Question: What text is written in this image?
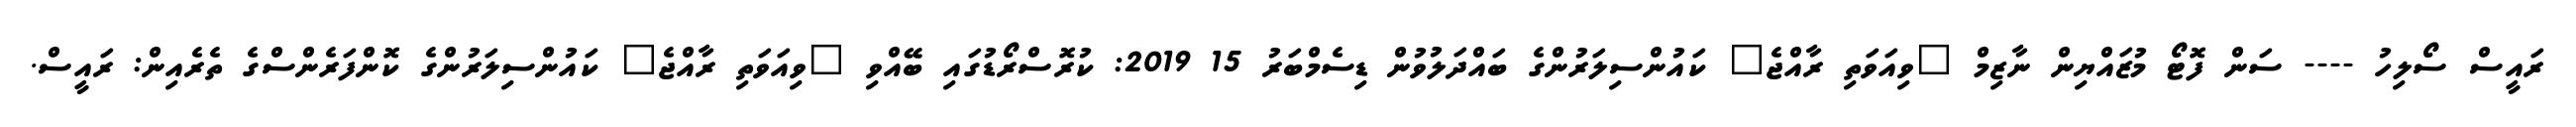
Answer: ރައީސް ސޯލިހު ---- ސަން ފޮޓޯ މުޒައްޔިން ނާޒިމް "ވިއަވަތި ރާއްޖެ" ކައުންސިލަރުންގެ ބައްދަލުވުން ޑިސެމްބަރު 15 2019: ކުރޮސްރޯޑުގައި ބޭއްވި "ވިއަވަތި ރާއްޖެ" ކައުންސިލަރުންގެ ކޮންފަރެންސްގެ ތެރެއިން: ރައީސް.